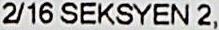
2/16 SEKSYEN 2,